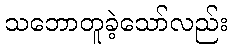
သဘောတူခဲ့သော်လည်း